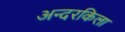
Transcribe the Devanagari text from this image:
अन्दरकिला